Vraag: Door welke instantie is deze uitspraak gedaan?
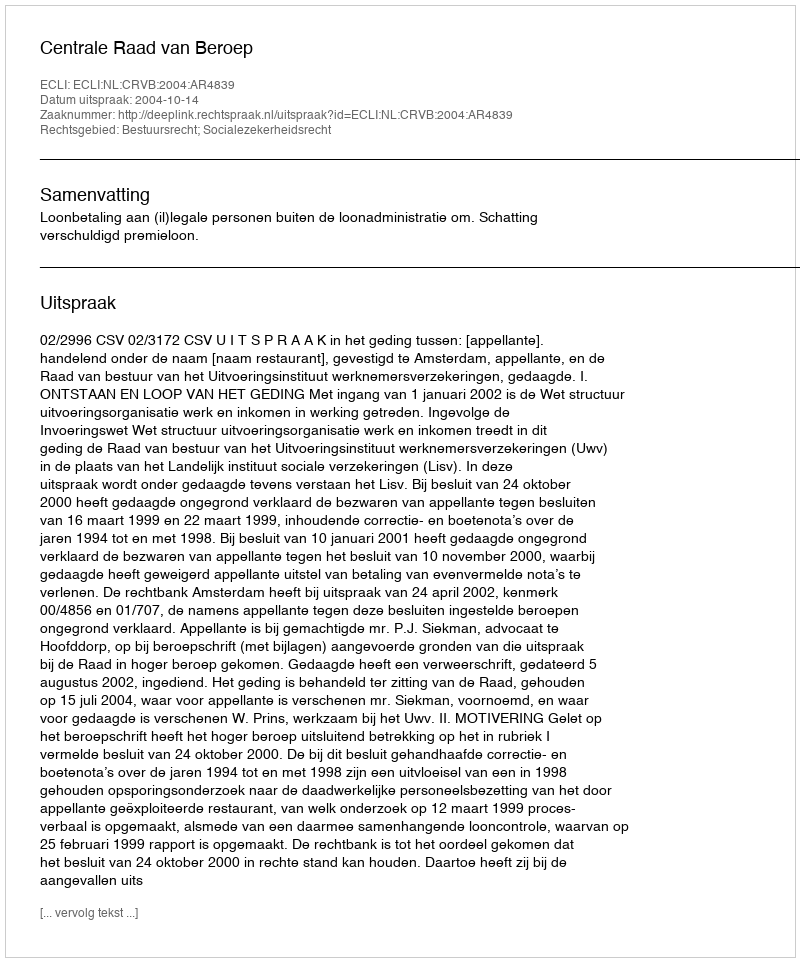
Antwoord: Centrale Raad van Beroep